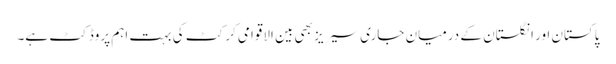
پاکستان اور انگلستان کے درمیان جاری سیریز بھی بین الاقوامی کرکٹ کی بہت اہم پروڈکٹ ہے۔